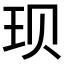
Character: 𫞥